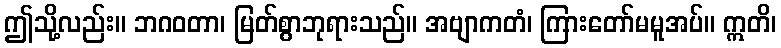
ဤသို့လည်း။ ဘဂဝတာ၊ မြတ်စွာဘုရားသည်။ အဗျာကတံ၊ ကြားတော်မမူအပ်။ ဣတိ၊